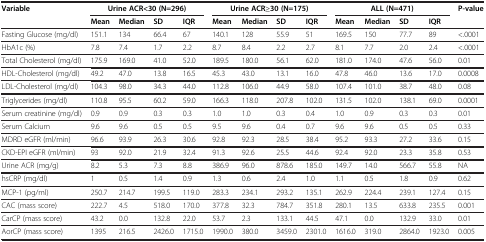
<table><thead><tr><td rowspan="2"><b>Variable</b></td><td colspan="4"><b>Urine ACR&lt;30 (N=296)</b></td><td colspan="4"><b>Urine ACR≥30 (N=175)</b></td><td colspan="4"><b>ALL (N=471)</b></td><td rowspan="2"><b>P-value</b></td></tr><tr><td><b>Mean</b></td><td><b>Median</b></td><td><b>SD</b></td><td><b>IQR</b></td><td><b>Mean</b></td><td><b>Median</b></td><td><b>SD</b></td><td><b>IQR</b></td><td><b>Mean</b></td><td><b>Median</b></td><td><b>SD</b></td><td><b>IQR</b></td></tr></thead><tbody><tr><td>Fasting Glucose (mg/dl)</td><td>151.1</td><td>134</td><td>66.4</td><td>67</td><td>140.1</td><td>128</td><td>55.9</td><td>51</td><td>169.5</td><td>150</td><td>77.7</td><td>89</td><td>&lt;.0001</td></tr><tr><td>HbA1c (%)</td><td>7.8</td><td>7.4</td><td>1.7</td><td>2.2</td><td>8.7</td><td>8.4</td><td>2.2</td><td>2.7</td><td>8.1</td><td>7.7</td><td>2.0</td><td>2.4</td><td>&lt;.0001</td></tr><tr><td>Total Cholesterol (mg/dl)</td><td>175.9</td><td>169.0</td><td>41.0</td><td>52.0</td><td>189.5</td><td>180.0</td><td>56.1</td><td>62.0</td><td>181.0</td><td>174.0</td><td>47.6</td><td>56.0</td><td>0.01</td></tr><tr><td>HDL-Cholesterol (mg/dl)</td><td>49.2</td><td>47.0</td><td>13.8</td><td>16.5</td><td>45.3</td><td>43.0</td><td>13.1</td><td>16.0</td><td>47.8</td><td>46.0</td><td>13.6</td><td>17.0</td><td>0.0008</td></tr><tr><td>LDL-Cholesterol (mg/dl)</td><td>104.3</td><td>98.0</td><td>34.3</td><td>44.0</td><td>112.8</td><td>106.0</td><td>44.9</td><td>58.0</td><td>107.4</td><td>101.0</td><td>38.7</td><td>48.0</td><td>0.08</td></tr><tr><td>Triglycerides (mg/dl)</td><td>110.8</td><td>95.5</td><td>60.2</td><td>59.0</td><td>166.3</td><td>118.0</td><td>207.8</td><td>102.0</td><td>131.5</td><td>102.0</td><td>138.1</td><td>69.0</td><td>0.0001</td></tr><tr><td>Serum creatinine (mg/dl)</td><td>0.9</td><td>0.9</td><td>0.3</td><td>0.3</td><td>1.0</td><td>1.0</td><td>0.3</td><td>0.4</td><td>1.0</td><td>0.9</td><td>0.3</td><td>0.3</td><td>0.01</td></tr><tr><td>Serum Calcium</td><td>9.6</td><td>9.6</td><td>0.5</td><td>0.5</td><td>9.5</td><td>9.6</td><td>0.4</td><td>0.7</td><td>9.6</td><td>9.6</td><td>0.5</td><td>0.5</td><td>0.33</td></tr><tr><td>MDRD eGFR (ml/min)</td><td>96.6</td><td>93.9</td><td>26.3</td><td>30.6</td><td>92.8</td><td>92.3</td><td>28.5</td><td>38.4</td><td>95.2</td><td>93.3</td><td>27.2</td><td>33.6</td><td>0.15</td></tr><tr><td>CKD-EPI eGFR (ml/min)</td><td>93</td><td>92.0</td><td>21.9</td><td>32.4</td><td>91.3</td><td>92.6</td><td>25.5</td><td>44.6</td><td>92.4</td><td>92.0</td><td>23.3</td><td>35.8</td><td>0.53</td></tr><tr><td>Urine ACR (mg/g)</td><td>8.2</td><td>5.3</td><td>7.3</td><td>8.8</td><td>386.9</td><td>96.0</td><td>878.6</td><td>185.0</td><td>149.7</td><td>14.0</td><td>566.7</td><td>55.8</td><td>NA</td></tr><tr><td>hsCRP (mg/dl)</td><td>1</td><td>0.5</td><td>1.4</td><td>0.9</td><td>1.3</td><td>0.6</td><td>2.4</td><td>1.0</td><td>1.1</td><td>0.5</td><td>1.8</td><td>0.9</td><td>0.62</td></tr><tr><td>MCP-1 (pg/ml)</td><td>250.7</td><td>214.7</td><td>199.5</td><td>119.0</td><td>283.3</td><td>234.1</td><td>293.2</td><td>135.1</td><td>262.9</td><td>224.4</td><td>239.1</td><td>127.4</td><td>0.15</td></tr><tr><td>CAC (mass score)</td><td>222.7</td><td>4.5</td><td>518.0</td><td>170.0</td><td>377.8</td><td>32.3</td><td>784.7</td><td>351.8</td><td>280.1</td><td>13.5</td><td>633.8</td><td>235.5</td><td>0.001</td></tr><tr><td>CarCP (mass score)</td><td>43.2</td><td>0.0</td><td>132.8</td><td>22.0</td><td>53.7</td><td>2.3</td><td>133.1</td><td>44.5</td><td>47.1</td><td>0.0</td><td>132.9</td><td>33.0</td><td>0.01</td></tr><tr><td>AorCP (mass score)</td><td>1395</td><td>216.5</td><td>2426.0</td><td>1715.0</td><td>1990.0</td><td>380.0</td><td>3459.0</td><td>2301.0</td><td>1616.0</td><td>319.0</td><td>2864.0</td><td>1923.0</td><td>0.005</td></tr></tbody></table>